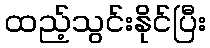
ထည့်သွင်းနိုင်ပြီး